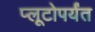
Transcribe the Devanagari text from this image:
प्लूटोपर्यंत